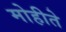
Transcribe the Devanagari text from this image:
मोहीते